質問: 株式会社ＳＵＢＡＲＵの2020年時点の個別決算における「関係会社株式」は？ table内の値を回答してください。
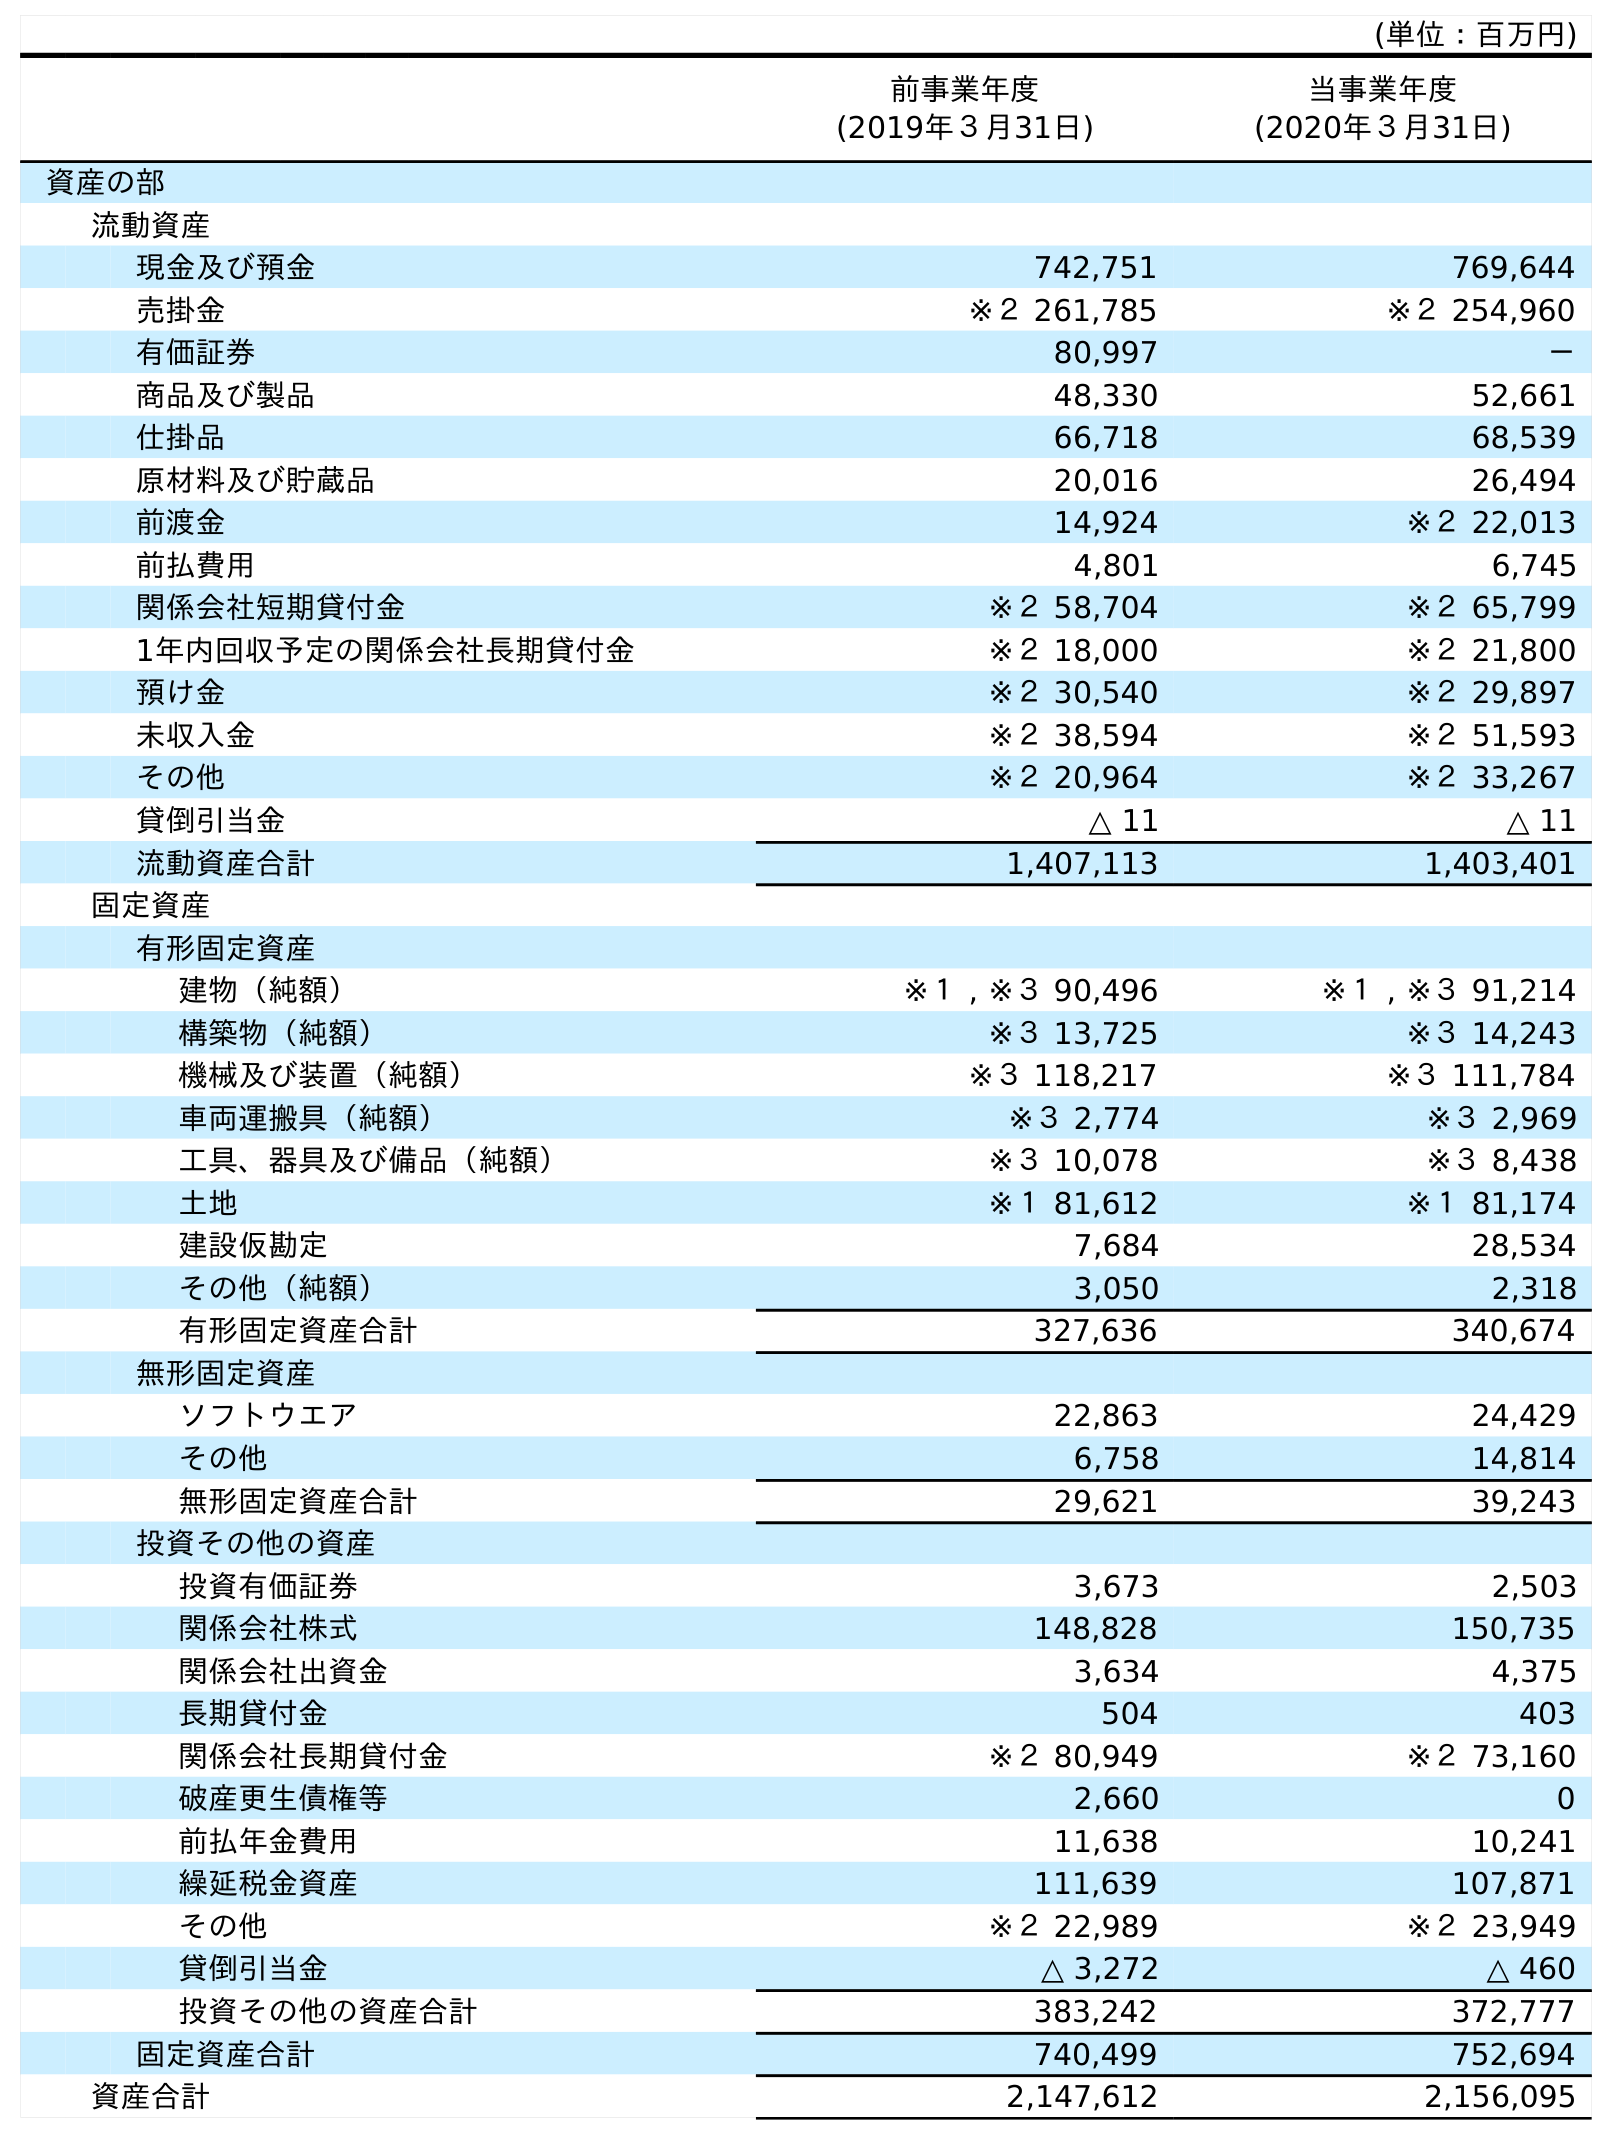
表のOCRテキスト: (単位：百万円) 前事業年度 (2019年３月31日) 当事業年度 (2020年３月31日) 資産の部 流動資産 現金及び預金 742,751 769,644 売掛金 ※２ 261,785 ※２ 254,960 有価証券 80,997 － 商品及び製品 48,330 52,661 仕掛品 66,718 68,539 原材料及び貯蔵品 20,016 26,494 前渡金 14,924 ※２ 22,013 前払費用 4,801 6,745 関係会社短期貸付金 ※２ 58,704 ※２ 65,799 1年内回収予定の関係会社長期貸付金 ※２ 18,000 ※２ 21,800 預け金 ※２ 30,540 ※２ 29,897 未収入金 ※２ 38,594 ※２ 51,593 その他 ※２ 20,964 ※２ 33,267 貸倒引当金 △ 11 △ 11 流動資産合計 1,407,113 1,403,401 固定資産 有形固定資産 建物（純額） ※１ , ※３ 90,496 ※１ , ※３ 91,214 構築物（純額） ※３ 13,725 ※３ 14,243 機械及び装置（純額） ※３ 118,217 ※３ 111,784 車両運搬具（純額） ※３ 2,774 ※３ 2,969 工具、器具及び備品（純額） ※３ 10,078 ※３ 8,438 土地 ※１ 81,612 ※１ 81,174 建設仮勘定 7,684 28,534 その他（純額） 3,050 2,318 有形固定資産合計 327,636 340,674 無形固定資産 ソフトウエア 22,863 24,429 その他 6,758 14,814 無形固定資産合計 29,621 39,243 投資その他の資産 投資有価証券 3,673 2,503 関係会社株式 148,828 150,735 関係会社出資金 3,634 4,375 長期貸付金 504 403 関係会社長期貸付金 ※２ 80,949 ※２ 73,160 破産更生債権等 2,660 0 前払年金費用 11,638 10,241 繰延税金資産 111,639 107,871 その他 ※２ 22,989 ※２ 23,949 貸倒引当金 △ 3,272 △ 460 投資その他の資産合計 383,242 372,777 固定資産合計 740,499 752,694 資産合計 2,147,612 2,156,095
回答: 150,735